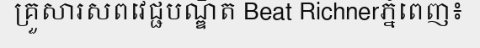
គ្រួសារសពវេជ្ជបណ្ឌិត Beat Richnerភ្នំពេញ៖